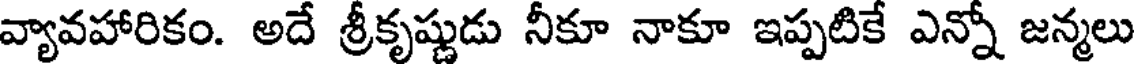
వ్యావహారికం. అదే శ్రీకృష్ణుడు నీకూ నాకూ ఇప్పటికే ఎన్నో జన్మలు